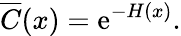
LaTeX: \overline{{C}}(x)=\mathrm{e}^{-H(x)}.